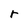
Character: r